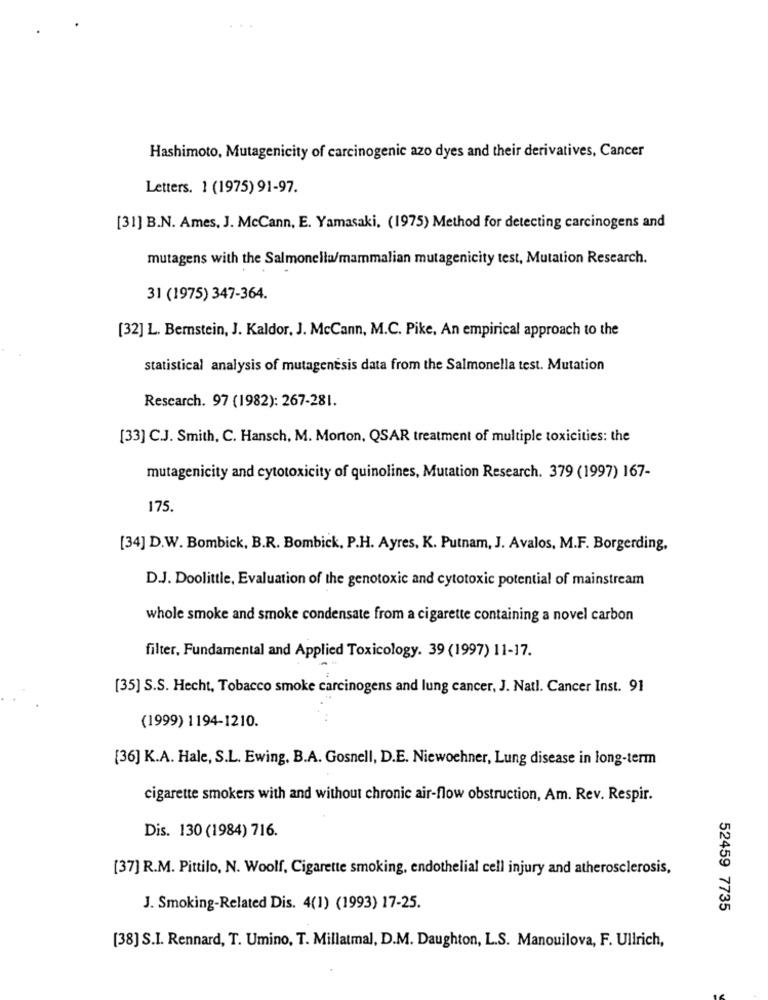
Hashimoto, Mutagenicity of carcinogenic azo dyes and their derivatives, Cancer
Letters. 1 (1975) 91-97.
[31] B.N. Ames, J. McCann, E. Yamasaki, (1975) Method for detecting carcinogens and
mutagens with the Salmonella/mammalian mutagenicity test, Mutation Research.
31 (1975) 347-364.
[32] L. Bernstein, J. Kaldor, J. McCann, M.C. Pike, An empirical approach to the
statistical analysis of mutagenesis data from the Salmonella test. Mutation
Rescarch. 97 (1982): 267-281.
[33] C.J. Smith, C. Hansch, M. Morton, QSAR treatment of multiple toxicities: the
mutagenicity and cytotoxicity of quinolines, Mutation Research. 379 (1997) 167-
175.
[34] D.W. Bombick, B.R. Bombick, P.H. Ayres, K. Putnam, J. Avalos, M.F. Borgerding,
D.J. Doolittle, Evaluation of the genotoxic and cytotoxic potential of mainstream
whole smoke and smoke condensate from a cigarette containing a novel carbon
filter, Fundamental and Applied Toxicology. 39 (1997) 11-17.
[35] S.S. Hecht, Tobacco smoke carcinogens and lung cancer, J. Natl. Cancer Inst. 91
(1999) 1194-1210.
[36] K.A. Hale, S.L. Ewing, B.A. Gosnell, D.E. Niewochner, Lung disease in long-term
cigarette smokers with and without chronic air-flow obstruction, Am. Rev. Respir.
Dis. 130 (1984) 716.
[37] R.M. Pittilo, N. Woolf, Cigarette smoking, endothelial cell injury and atherosclerosis,
J. Smoking-Related Dis. 4(1) (1993) 17-25.
52459 7735
[38] S.I. Rennard, T. Umino, T. Millatmal, D.M. Daughton, L.S. Manouilova, F. Ullrich,